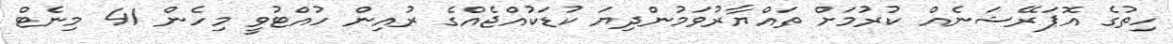
ހިތުގެ އޮޕަރޭޝަނެއް ކުރުމަށް ތައްޔާރުވަމުންދިޔަ ކުޑަކުއްޖެއްގެ ރުއިން ހުއްޓުވީ މިހެން 41 މިނެޓް